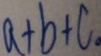
a + b + c 。